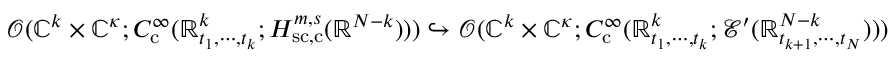
\mathscr { O } ( \mathbb { C } ^ { k } \times \mathbb { C } ^ { \kappa } ; C _ { \mathrm { c } } ^ { \infty } ( \mathbb { R } _ { t _ { 1 } , \cdots , t _ { k } } ^ { k } ; H _ { \mathrm { s c , c } } ^ { m , s } ( \mathbb { R } ^ { N - k } ) ) ) \hookrightarrow \mathscr { O } ( \mathbb { C } ^ { k } \times \mathbb { C } ^ { \kappa } ; C _ { \mathrm { c } } ^ { \infty } ( \mathbb { R } _ { t _ { 1 } , \cdots , t _ { k } } ^ { k } ; \mathcal { E } ^ { \prime } ( \mathbb { R } _ { t _ { k + 1 } , \cdots , t _ { N } } ^ { N - k } ) ) )